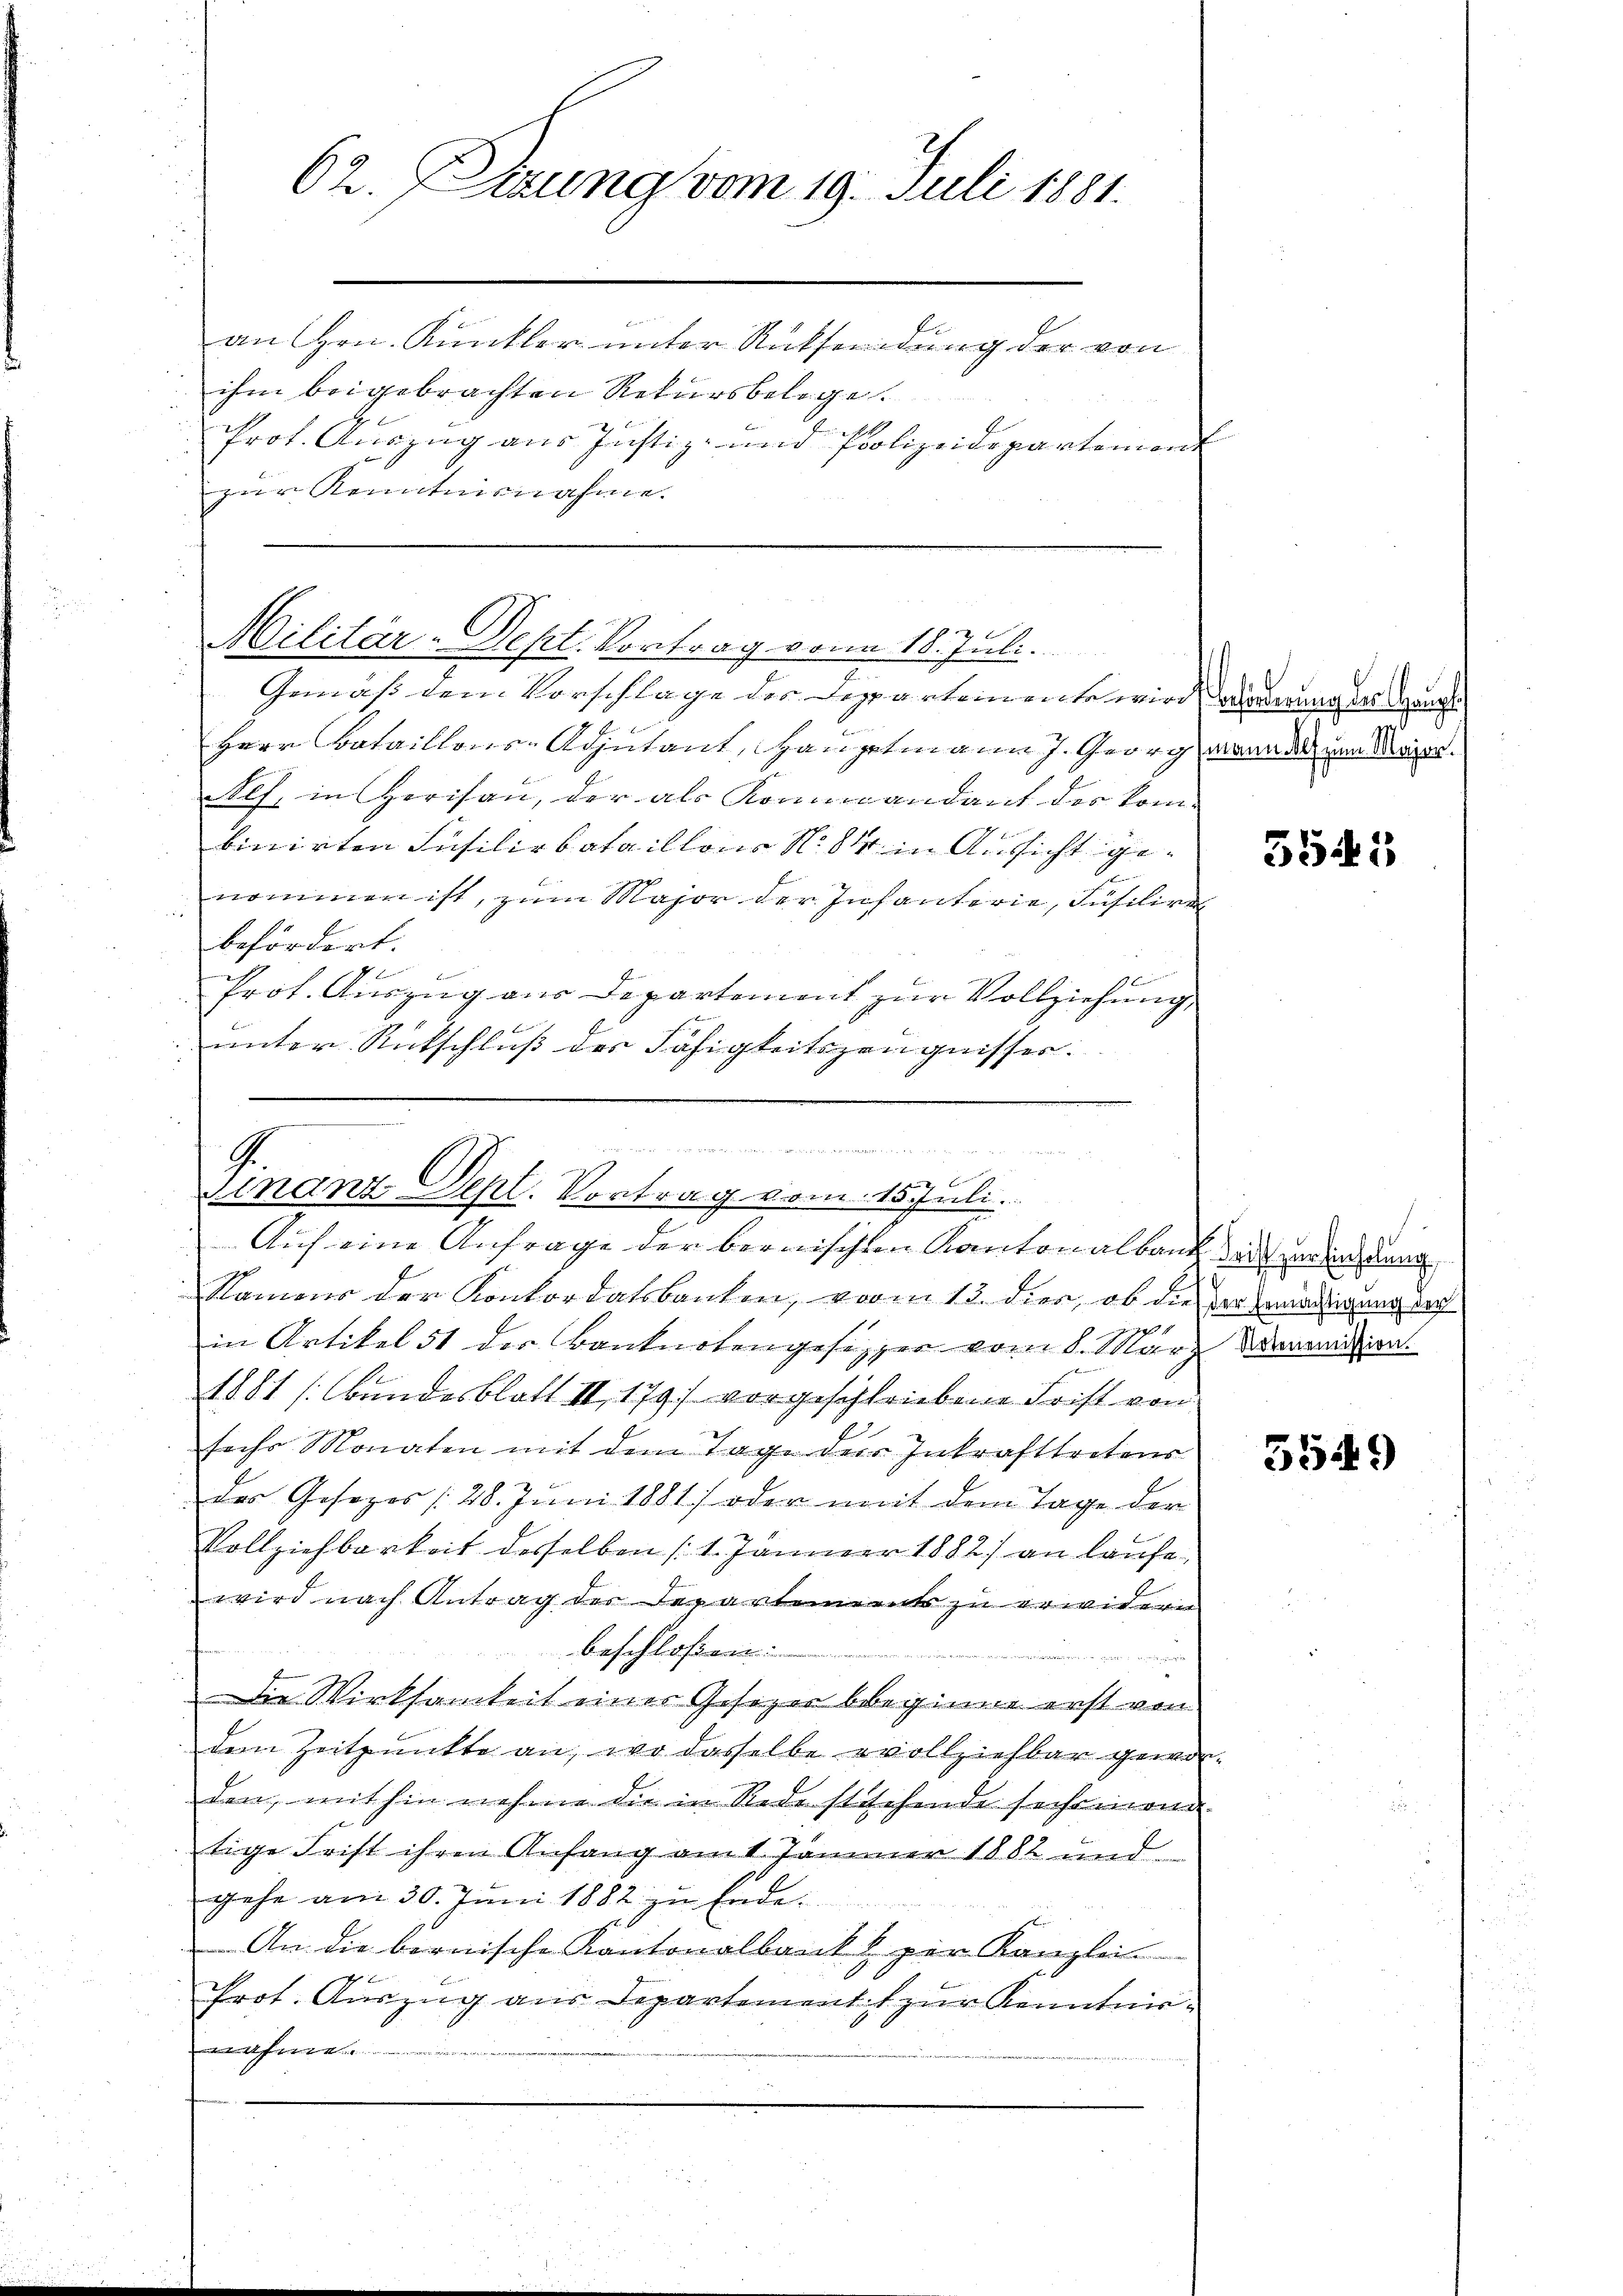
62. Sitzung vom 19. Juli 1881.
an Hrn. Kunkler unter Rücksendung der von
ihm beigebrachten Rekursbelege.
Prof. Auszug aus Justiz- und Polizeidepartement
zur Kenntnisnahme.

Militär-Dept. Vortrag von 18. Juli.
Gemäß dem Vorschlage des Deppartemente wird, oderung des Gangs

Herr Bataillons-Adjutant, Hauptmann J. Georg, wann der von Magn.
Alf, in Herisau, der als Kommandant des kom-
binirten Füsilirbataillons No 844 in Aussicht genommen ist, zum Major der Infanterie, Füsilire
befördert.
9
Prot. Auszug aus Departement zur Vollziehung
unter Rückschluß des Fähigkeitszeugnisses. |

G.
Finanz-Dept. Vortrag vom 15. Juli.
Auf eine Anfrage der bernischen Kantonalbank das die ung

Namens der Konkordatsbanken, vom 13. dies, ob die der Emailigung auch
in Artikel 51 des Banknotengesezzer vom 8. März Monation.
1881 [Bundesblatt II 179 vorgeschriebene Frist von
sechs Monaten mit dem Tage der Inkrafttretens
des Gesezes (28. Juni 1881) oder mit dem Tage der
Vollziehbarkeit desselben (1. Jänner 1882) an laufe,
wird nach Antrag der Repartements zu erwidern
beschloßen:
 e g
Die Wirksamkeit einer Gesezen beginne erst von
dem Zeitpunkte an, wo dasselbe vollziehbar gewor-
den, mithin nehme die in Rede stichende sechsmona
tige Frist ihren Anfang am 1. Jänner 1882 und
gehe am 30. Juni 1882 zu Ende.
An die bernische Kantonalbank per Kanzlei
Prot. Auszug aus Departement zur Kenntnis¬

5545

5549